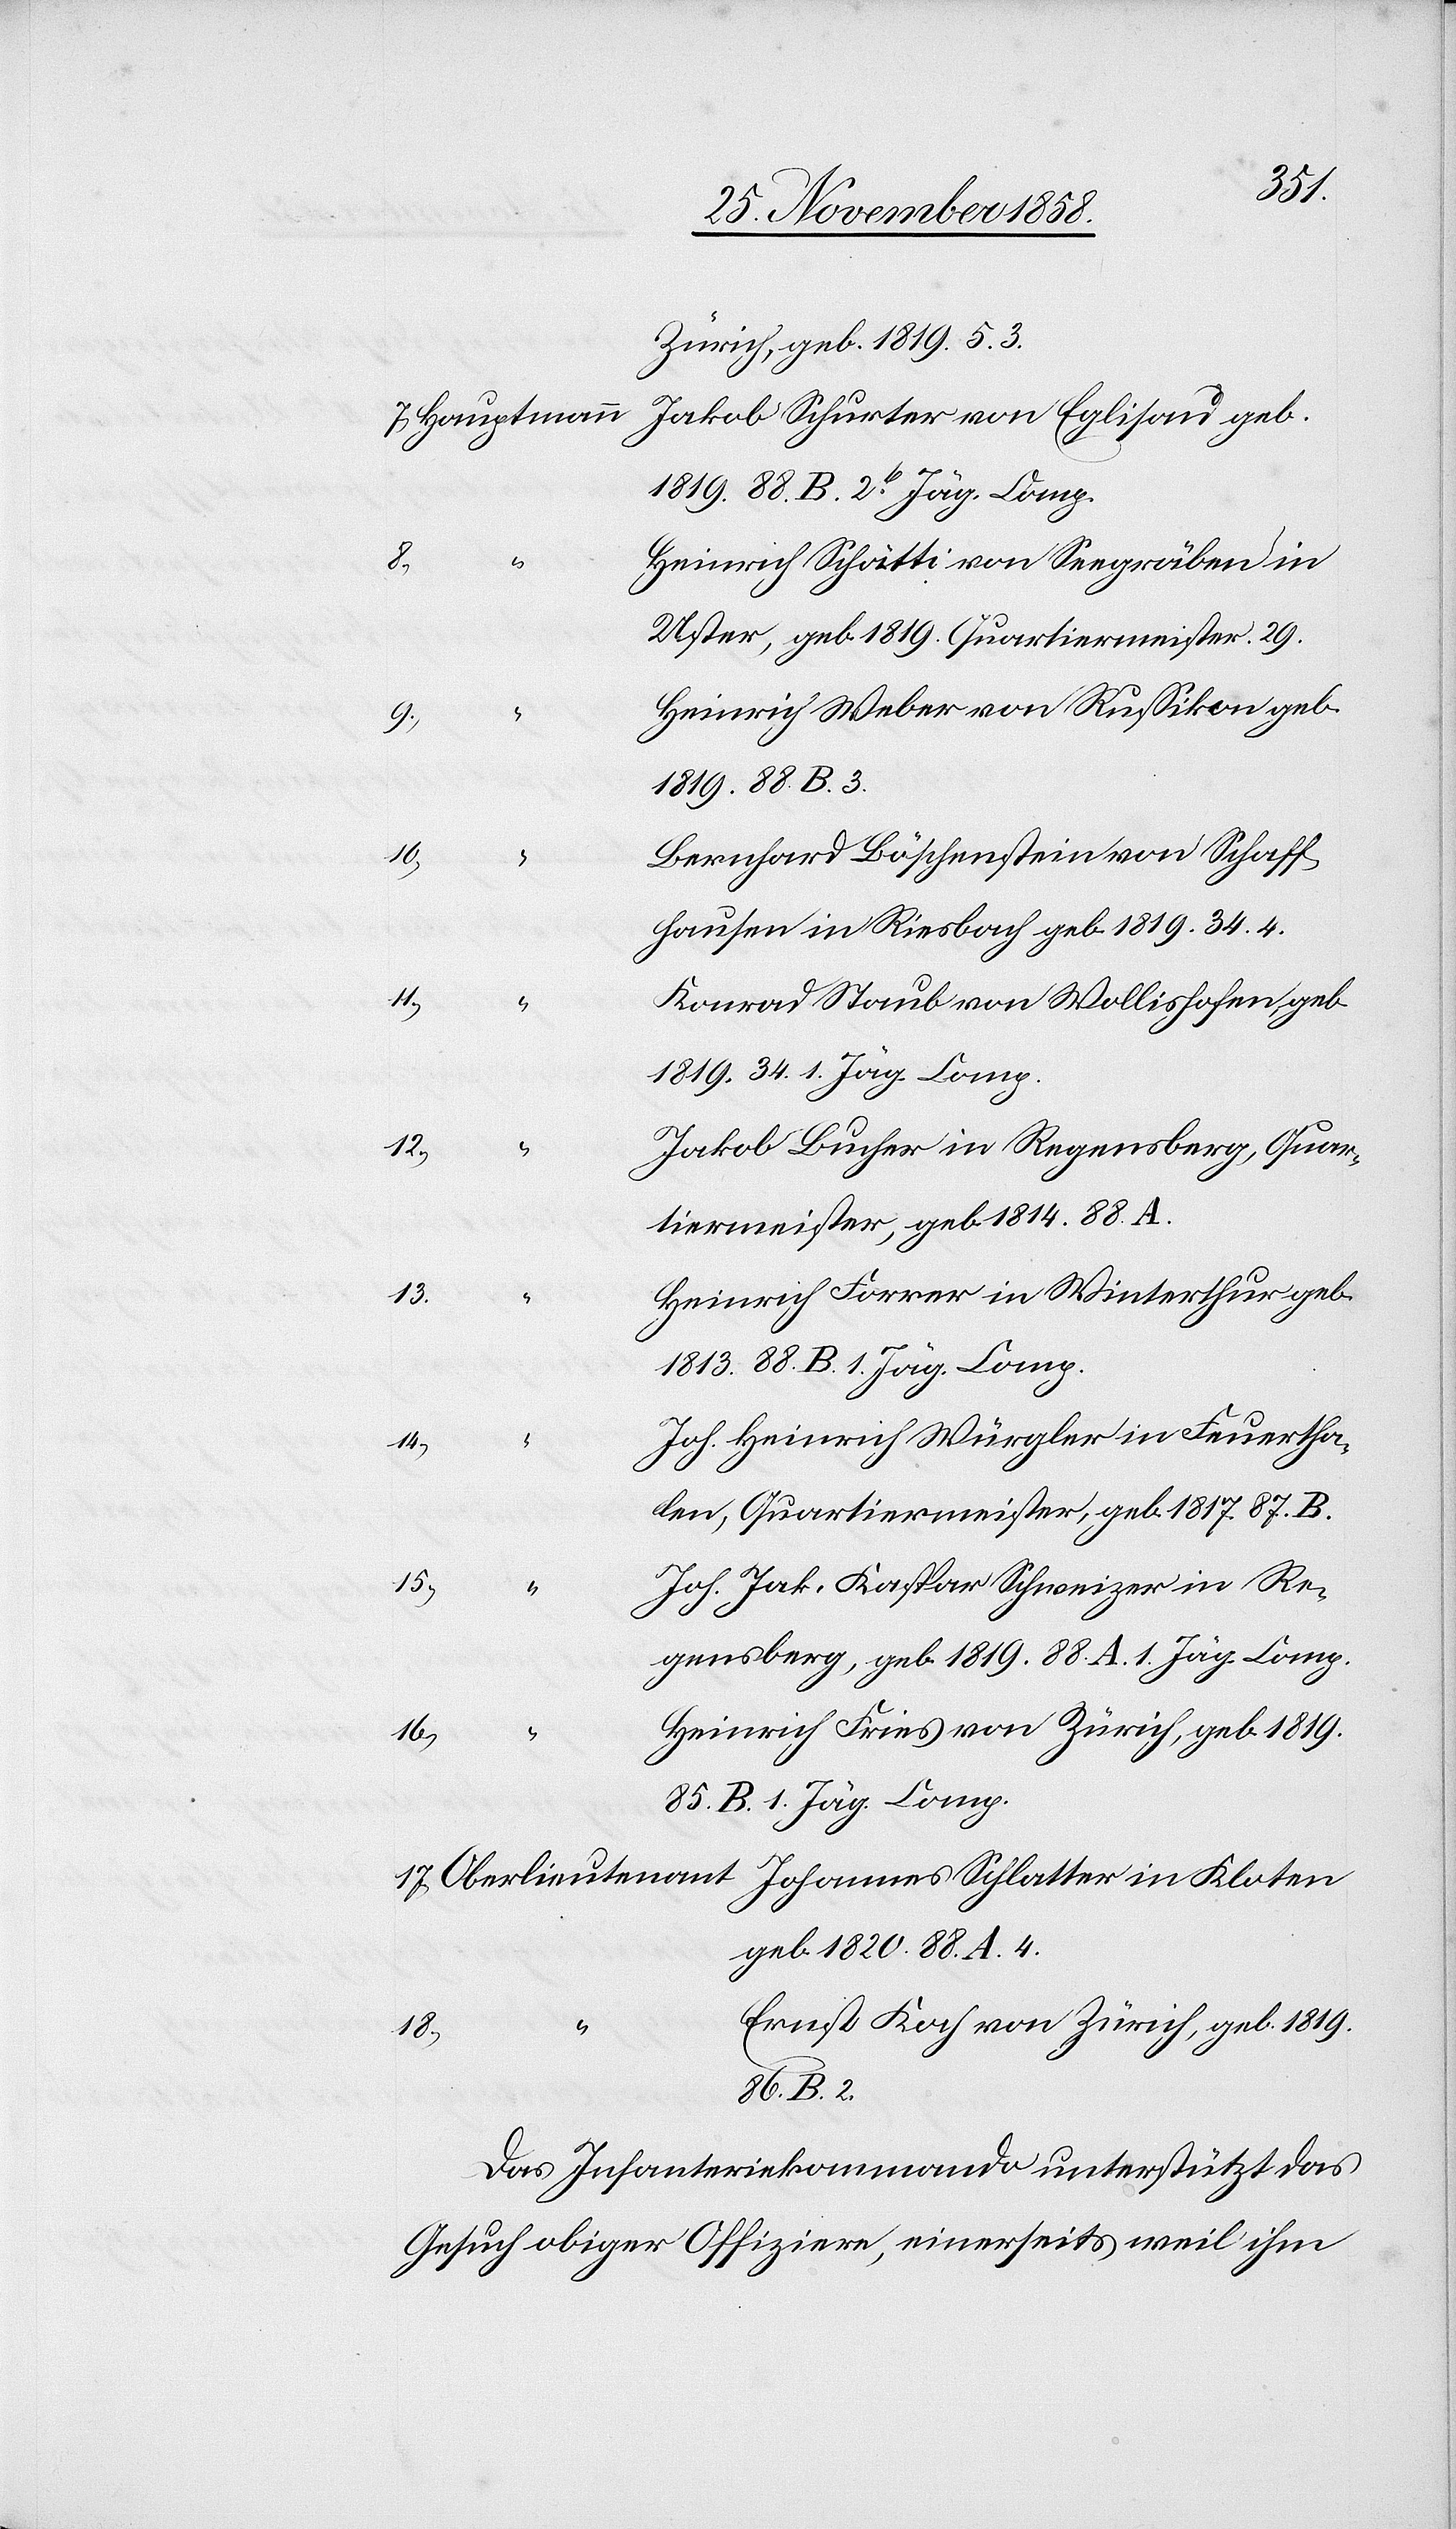
Zürich, geb. 1819. 5. 3.
Jakob Schurter von Eglisau geb.
Hauptmann
1819. 88. B. 2t Jäg. Comp.
8.)
Heinrich Schätti von Seegräben in
Uster, geb. 1819. Quartiermeister. 29.
Heinrich Weber von Russikon geb.
“
9.)
1819. 88. B. 3.
10.)
Bernhard Böschenstein von Schaff¬
hausen in Riesbach geb. 1819. 34. 4.
11.)
Konrad Staub von Wollishofen, geb.
1819. 34. 1. Jäg. Comp.
18.)
Jakob Bucher in Regensberg, Quar¬
tiermeister, geb. 1814. 88. A.
13.)
Heinrich Forrer in Winterthur geb.
1813. 88. B. 1. Jäg. Comp.
Joh. Heinrich Würgler in Feuertha¬
14.)
len, Quartiermeister, geb. 1817. 87. B.
15.)
Joh. Jak. Kaspar Schweizer in Re¬
gensberg, geb. 1819. 88. A. 1. Jäg. Comp.
Heinrich Fries von Zürich, geb. 1819.
16.)
85. B. 1. Jäg. Comp.
geb. 1820. 88. A. 4.
Ernst Koch von Zürich, geb. 1819.
86. B. 2.
Das Infanteriekommando unterstützt das
Gesuch obiger Offiziere, einerseits weil ihm